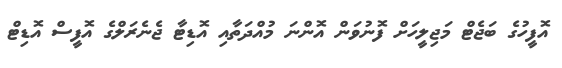
އޮފީހުގެ ބަޖެޓް މަޖިލީހަށް ފޮނުވަން އޮންނަ މުއްދަތާއި އޮޑިޓާ ޖެނެރަލްގެ އޮފީސް އޮޑިޓް